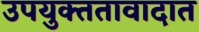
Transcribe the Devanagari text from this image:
उपयुक्ततावादात